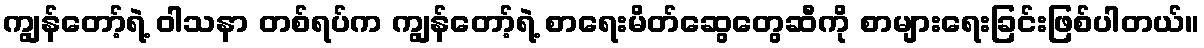
ကျွန်တော့်ရဲ့ ဝါသနာ တစ်ရပ်က ကျွန်တော့်ရဲ့ စာရေးမိတ်ဆွေတွေဆီကို စာများရေးခြင်းဖြစ်ပါတယ်။